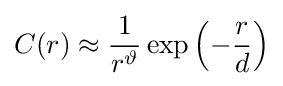
C(r)\approx {\frac {1}{r^{\vartheta }}}\exp {\left(-{\frac {r}{d}}\right)}